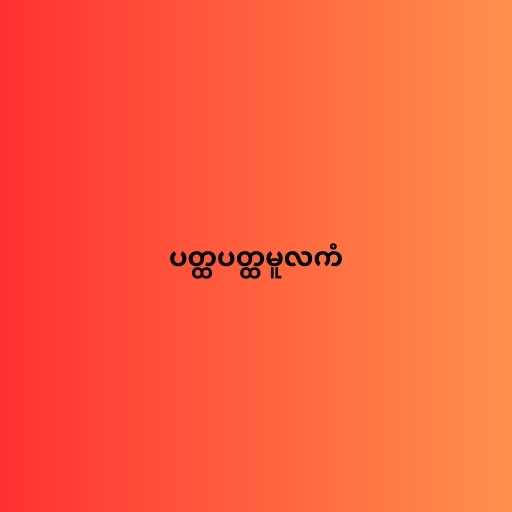
ပတ္ထပတ္ထမူလကံ